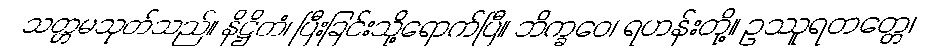
သတ္တမသုတ်သည်။ နိဋ္ဌိတံ၊ ပြီးခြင်းသို့ရောက်ပြီ။ ဘိက္ခဝေ၊ ရဟန်းတို့။ ဥဿူရတတ္တေ၊